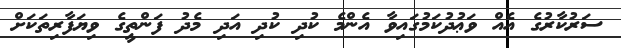
ސަރުކާރުގެ އެއް ވަޢުދުކަމުގައިވާ އެންމެ ކުދި ކުދި އަދި މެދު ފަންތީގެ ވިޔަފާރިތަކަށް